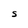
Character: S